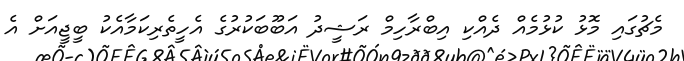
މެޗުގައި މޮޅު ކުޅުމެއް ދެއްކި އިބްރާހިމް ރަޝީދު އަބޫބަކުރުގެ އެހީތެރިކަމާއެކު ބީޖީއަށް އެ